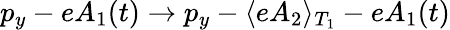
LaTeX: p_{y}-eA_{1}(t)\to p_{y}-\langle eA_{2}\rangle_{T_{1}}-eA_{1}(t)